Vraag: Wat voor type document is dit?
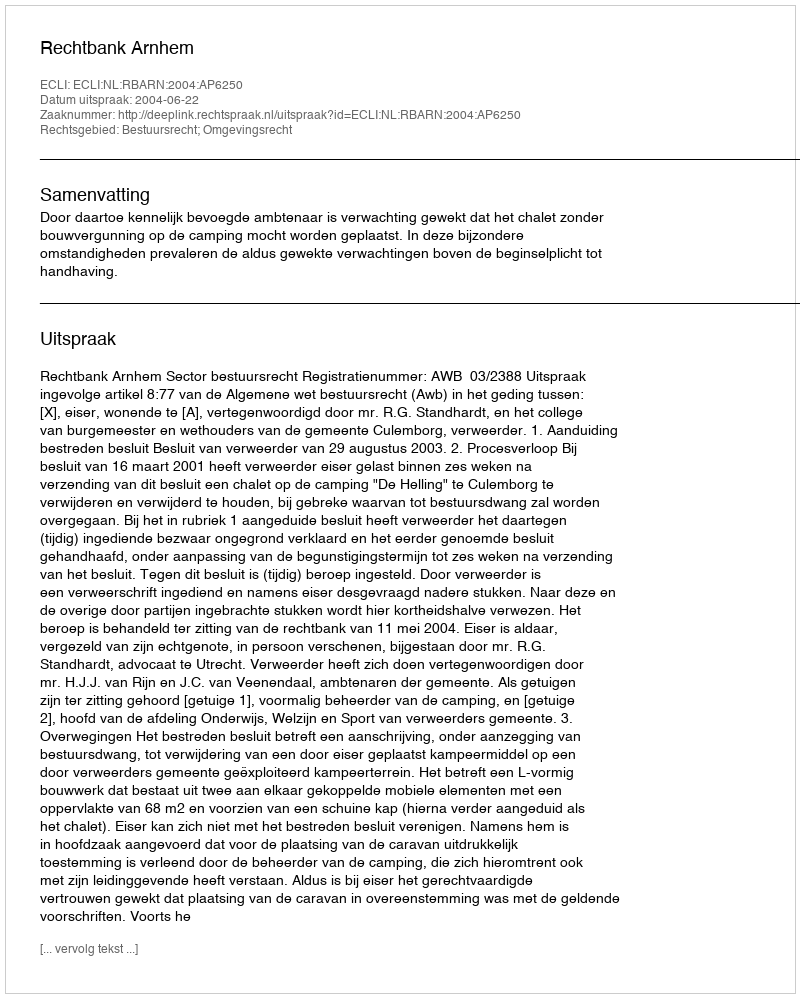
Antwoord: Uitspraak